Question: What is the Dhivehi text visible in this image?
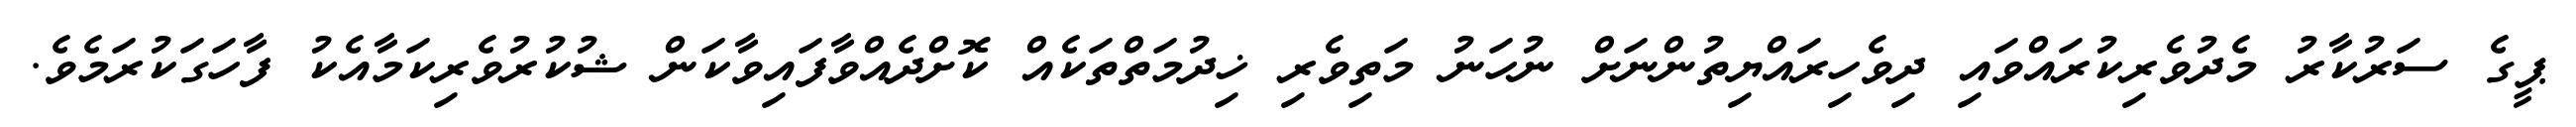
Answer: ޕީގެ ސަރުކާރު މެދުވެރިކުރައްވައި ދިވެހިރައްޔިތުންނަށް ނުހަނު މަތިވެރި ޚިދުމަތްތަކެއް ކޮށްދެއްވާފައިވާކަން ޝުކުރުވެރިކަމާއެކު ފާހަގަކުރަމެވެ.